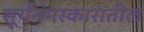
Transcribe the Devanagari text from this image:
सूर्यनमस्कारातील